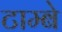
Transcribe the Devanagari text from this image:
टाम्बे